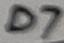
Text: D7